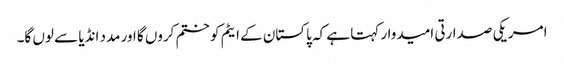
امریکی صدارتی امیدوار کہتا ہے کہ پاکستان کے ایٹم کو ختم کروں گا اور مدد انڈیا سے لوں گا۔